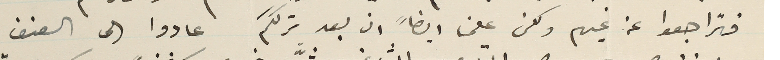
فتراجعوا عن غيهم ولكن علمنا ايضاً ان بعد ترككم عادوا الى العنف